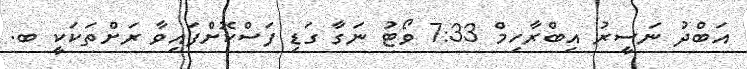
އަބްދު ނަސީރު އިބްރާހިމް 7:33 ވޯޓު ނަގާ ގަޑި ފަސްކޮށްފައިވާ ރަށްތަކަކީ ބ.